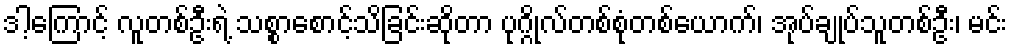
ဒါ့ကြောင့် လူတစ်ဦးရဲ့ သစ္စာစောင့်သိခြင်းဆိုတာ ပုဂ္ဂိုလ်တစ်စုံတစ်ယောက်၊ အုပ်ချုပ်သူတစ်ဦး၊ မင်း